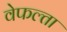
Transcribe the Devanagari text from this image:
वेफल्ता